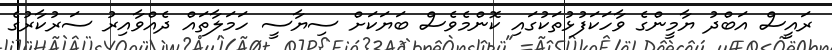
ރައީސް އަބްދު ޔާމީންގެ ވާހަކަފުޅުތަކުގައި ކޮންމެވެސް ބަޔަކަށް ސިޔާސީ ހަމަލާތައް ދެއްވާއިރު ސަރުކާރުގެ